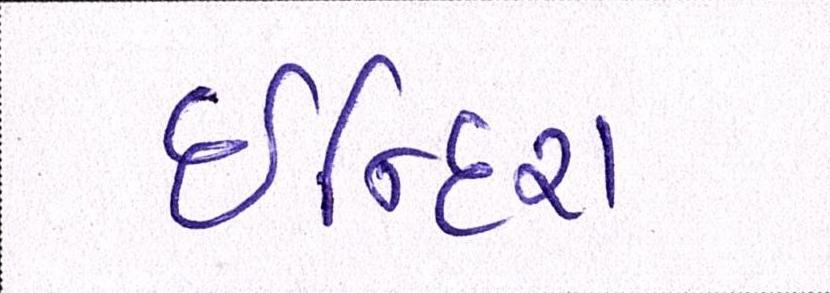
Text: ઈન્દિરા